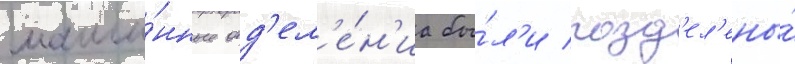
маши́нные отд'ел'е́н'иа бы́л'и разд'ел'ены́